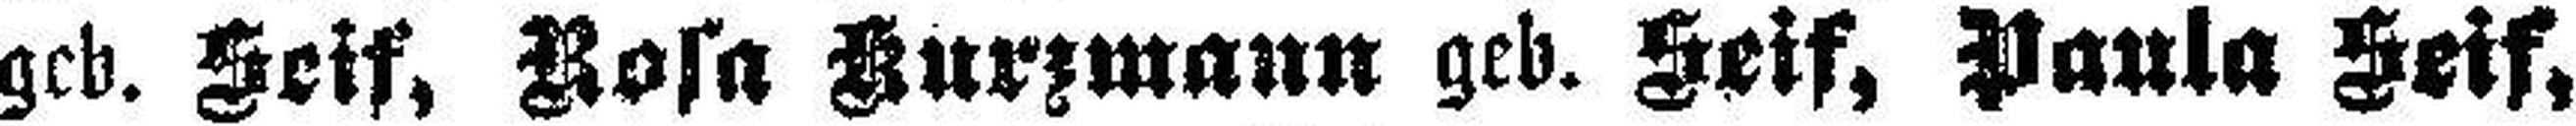
geb. Seif, Rosa Kurzmann geb. Seif, Paula Seif,